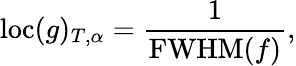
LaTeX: \mathrm{loc}(g)_{T,\alpha}=\frac{1}{\mathrm{FWHM}(f)},